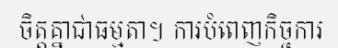
ចិត្តគ្នាជាធម្មតា។ ការបំពេញកិច្ចការ